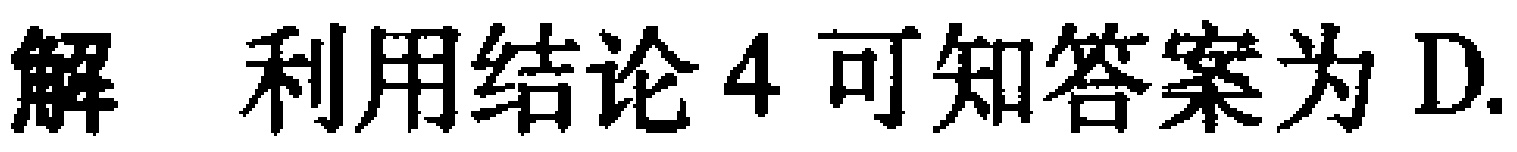
解 利用结论4可知答案为D.